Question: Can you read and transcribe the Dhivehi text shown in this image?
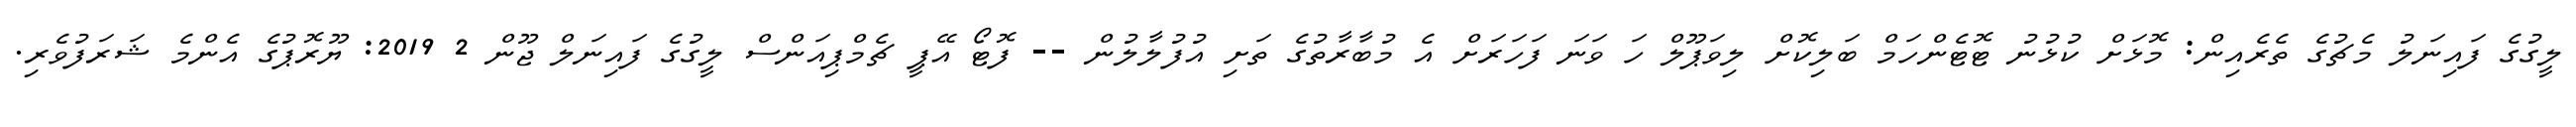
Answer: ލީގުގެ ފައިނަލު މެޗުގެ ތެރެއިން: މޮޅަށް ކުޅުނު ޓޮޓެންހަމް ބަލިކޮށް ލިވަޕޫލް ހަ ވަނަ ފަހަރަށް އެ މުބާރާތުގެ ތަށި އުފުލާލުން -- ފޮޓޯ އޭޕީ ޗެމްޕިއަންސް ލީގުގެ ފައިނަލް ޖޫން 2 2019: ޔޫރޮޕުގެ އެންމެ ޝަރަފުވެރި.